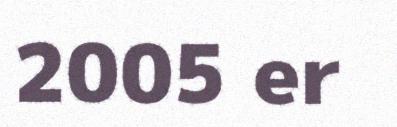
2005 er